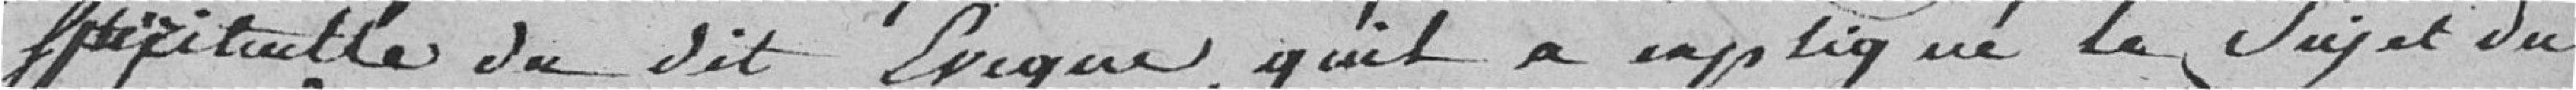
spirituelle dudit évêque, qu'il a expliqué le sujet du